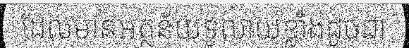
ដែលមានអត្ថន័យទូលាយខ្លាំងដូចជា